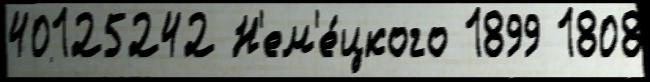
40125242 Н'ем'е́цкого 1899 1808